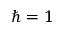
\hbar = 1